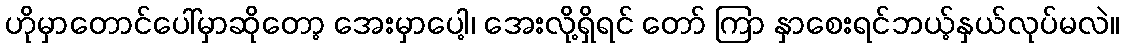
ဟိုမှာတောင်ပေါ်မှာဆိုတော့ အေးမှာပေါ့၊ အေးလို့ရှိရင် တော် ကြာ နှာစေးရင်ဘယ့်နှယ်လုပ်မလဲ။